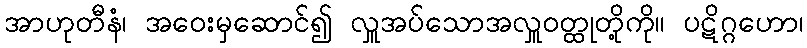
အာဟုတီနံ၊ အဝေးမှဆောင်၍ လှူအပ်သောအလှူဝတ္ထုတို့ကို။ ပဋိဂ္ဂဟော၊